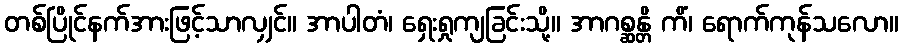
တစ်ပြိုင်နက်အားဖြင့်သာလျှင်။ အာပါတံ၊ ရှေးရှုကျခြင်းသို့။ အာဂစ္ဆန္တိ ကိံ၊ ရောက်ကုန်သလော။